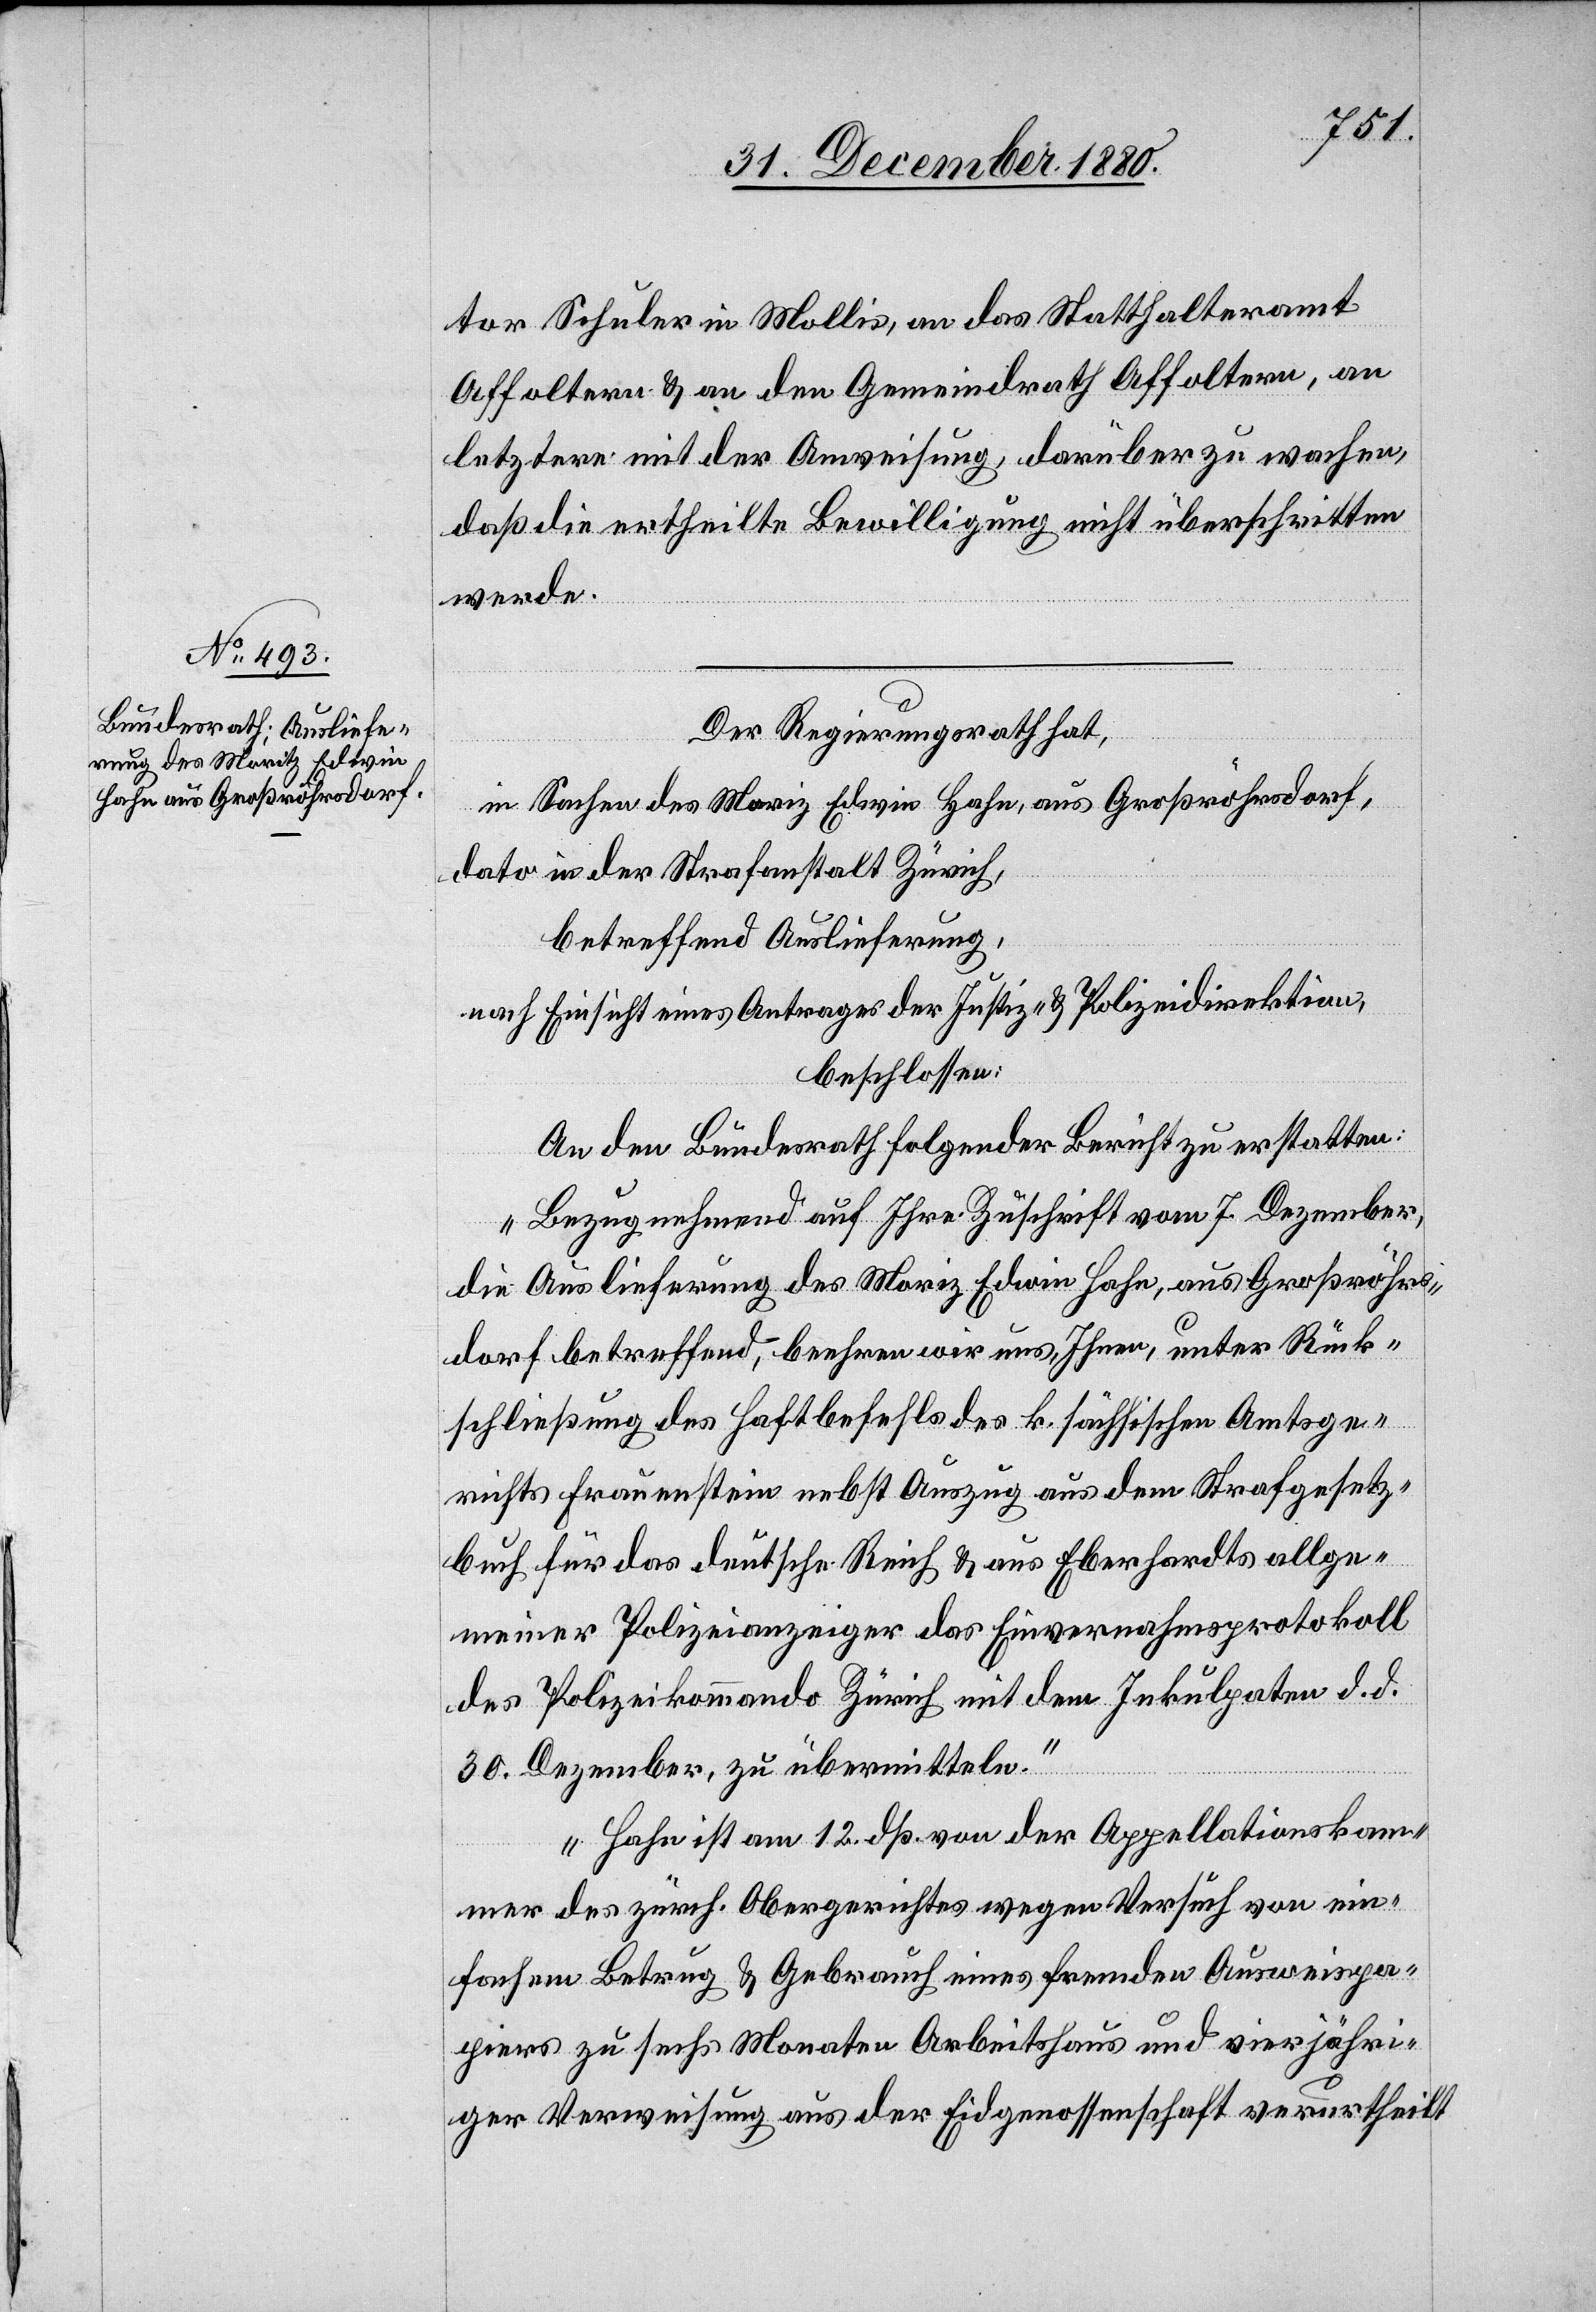
tor Schuler in Mollis, an das Statthalteramt
Affoltern & an den Gemeindrath Affoltern, an
letztern mit der Anweisung, darüber zu wachen,
daß die ertheilte Bewilligung nicht überschritten
werde.
Der Regierungsrath hat,
in Sachen des Moritz Edwin Hahn, aus Großröhrsdorf,
dato in der Strafanstalt Zürich,
betreffend Auslieferung,
nach Einsicht eines Antrages der Justiz- & Polizeidirektion,
beschlossen:
An den Bundesrath folgender Bericht zu erstatten:
„Bezugnehmend auf Ihre Zuschrift vom 7. Dezember,
die Auslieferung des Moritz Edwin Hahn, aus Großröhrs¬
dorf betreffend, beehren wir uns, Ihnen, unter Rück¬
schließung des Haftbefehls des k. sächsischen Amtsge¬
richts Frauenstein nebst Auszug aus dem Strafgesetz¬
buch für das deutsche Reich & aus Eberhardts allge¬
meiner Polizeianzeiger das Einvernahmsprotokoll
des Polizeikommando Zürich mit dem Inkulpaten d. d.
30. Dezember, zu übermitteln.
Hahn ist am 12. dß von der Appellationskam¬
mer des zürch. Obergerichtes wegen Versuch von ein¬
fachem Betrug & Gebrauch eines fremden Ausweispa¬
piers zu sechs Monaten Arbeitshaus und vierjähri¬
ger Verweisung aus der Eidgenossenschaft verurtheilt